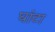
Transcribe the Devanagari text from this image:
घांटा